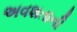
અવશતાની